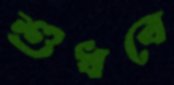
শুধবে